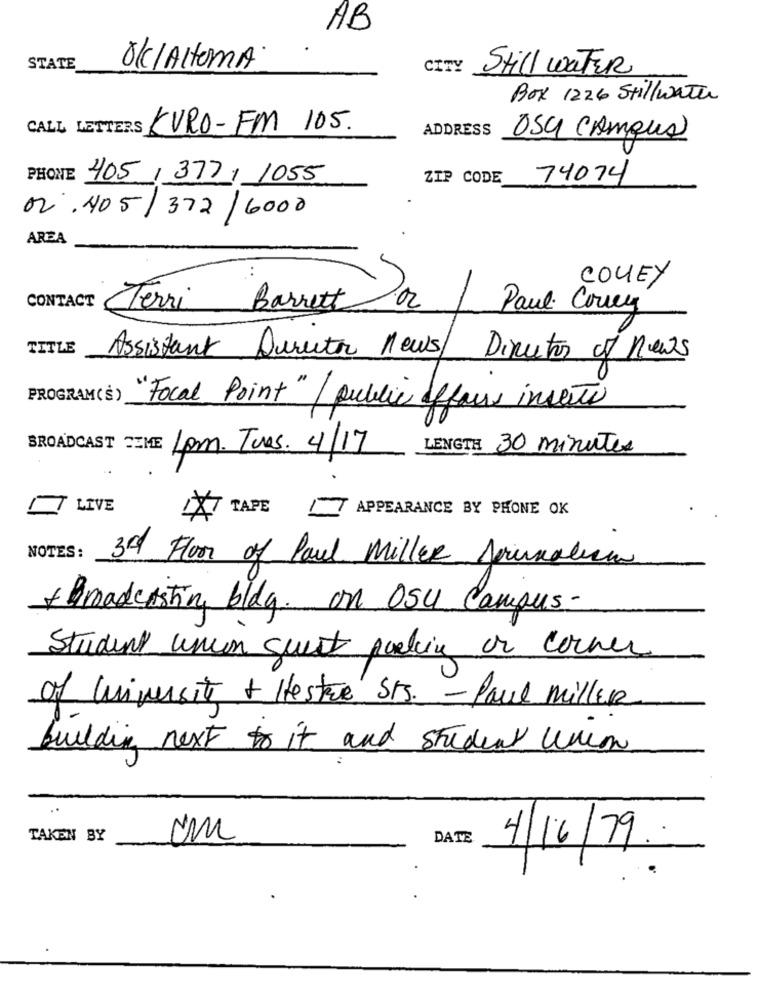
AB
STATE
OKLAHOMA
CITY
Still water
Box 1226 Stillwater
CALL LETTERS CURO-FM 105.
ADDRESS
OSU Campus
PHONE 405/377 / 1055
ZIP CODE
74074
02.405/372 /6000
AREA
COLEY
CONTACT
Terri
Barrett
Paul Corey
TITLE
Assistant Director news/
Director of news
PROGRAM(S) "Focal Point" / public affairs inserto
BROADCAST TIME 1pm. Tus. 4/17
LENGTH 30 minutes
LIVE
1X7 TAPE
APPEARANCE BY PHONE OK
NOTES:
3rd Floor of Paul Millar Journalism
+ Broadcasting bldg. on OsU Campus-
Student union quest packing or corner
of university + Hestre St3. - Paul millise
building next to it and student union
TAKEN BY
DATE
4/16/79.